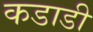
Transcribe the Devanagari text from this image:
कडाडी